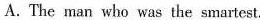
A. The man who was the smartest.